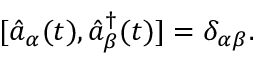
[ \hat { a } _ { \alpha } ( t ) , \hat { a } _ { \beta } ^ { \dagger } ( t ) ] = \delta _ { \alpha \beta } .